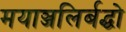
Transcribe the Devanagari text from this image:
मयाञ्जलिर्बद्धो